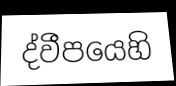
ද්වීපයෙහි